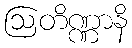
ဩတိဏ္ဏာနိ